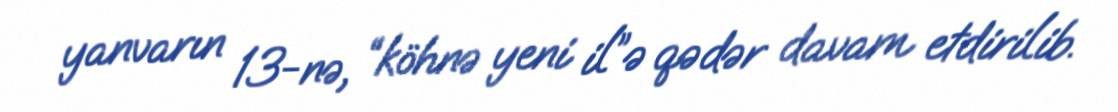
yanvarın 13-nə, “köhnə yeni il”ə qədər davam etdirilib.